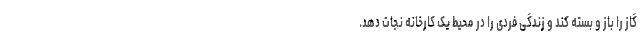
گاز را باز و بسته کند و زندگی فردی را در محیط یک کارخانه نجات دهد.